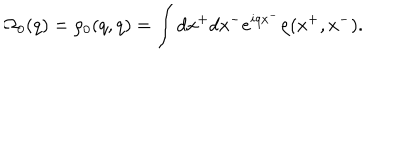
LaTeX: \Omega _ { 0 } ( q ) = \rho _ { 0 } ( q , q ) = \int d x ^ { + } d x ^ { - } e ^ { i q x ^ { - } } \rho ( x ^ { + } , x ^ { - } ) .